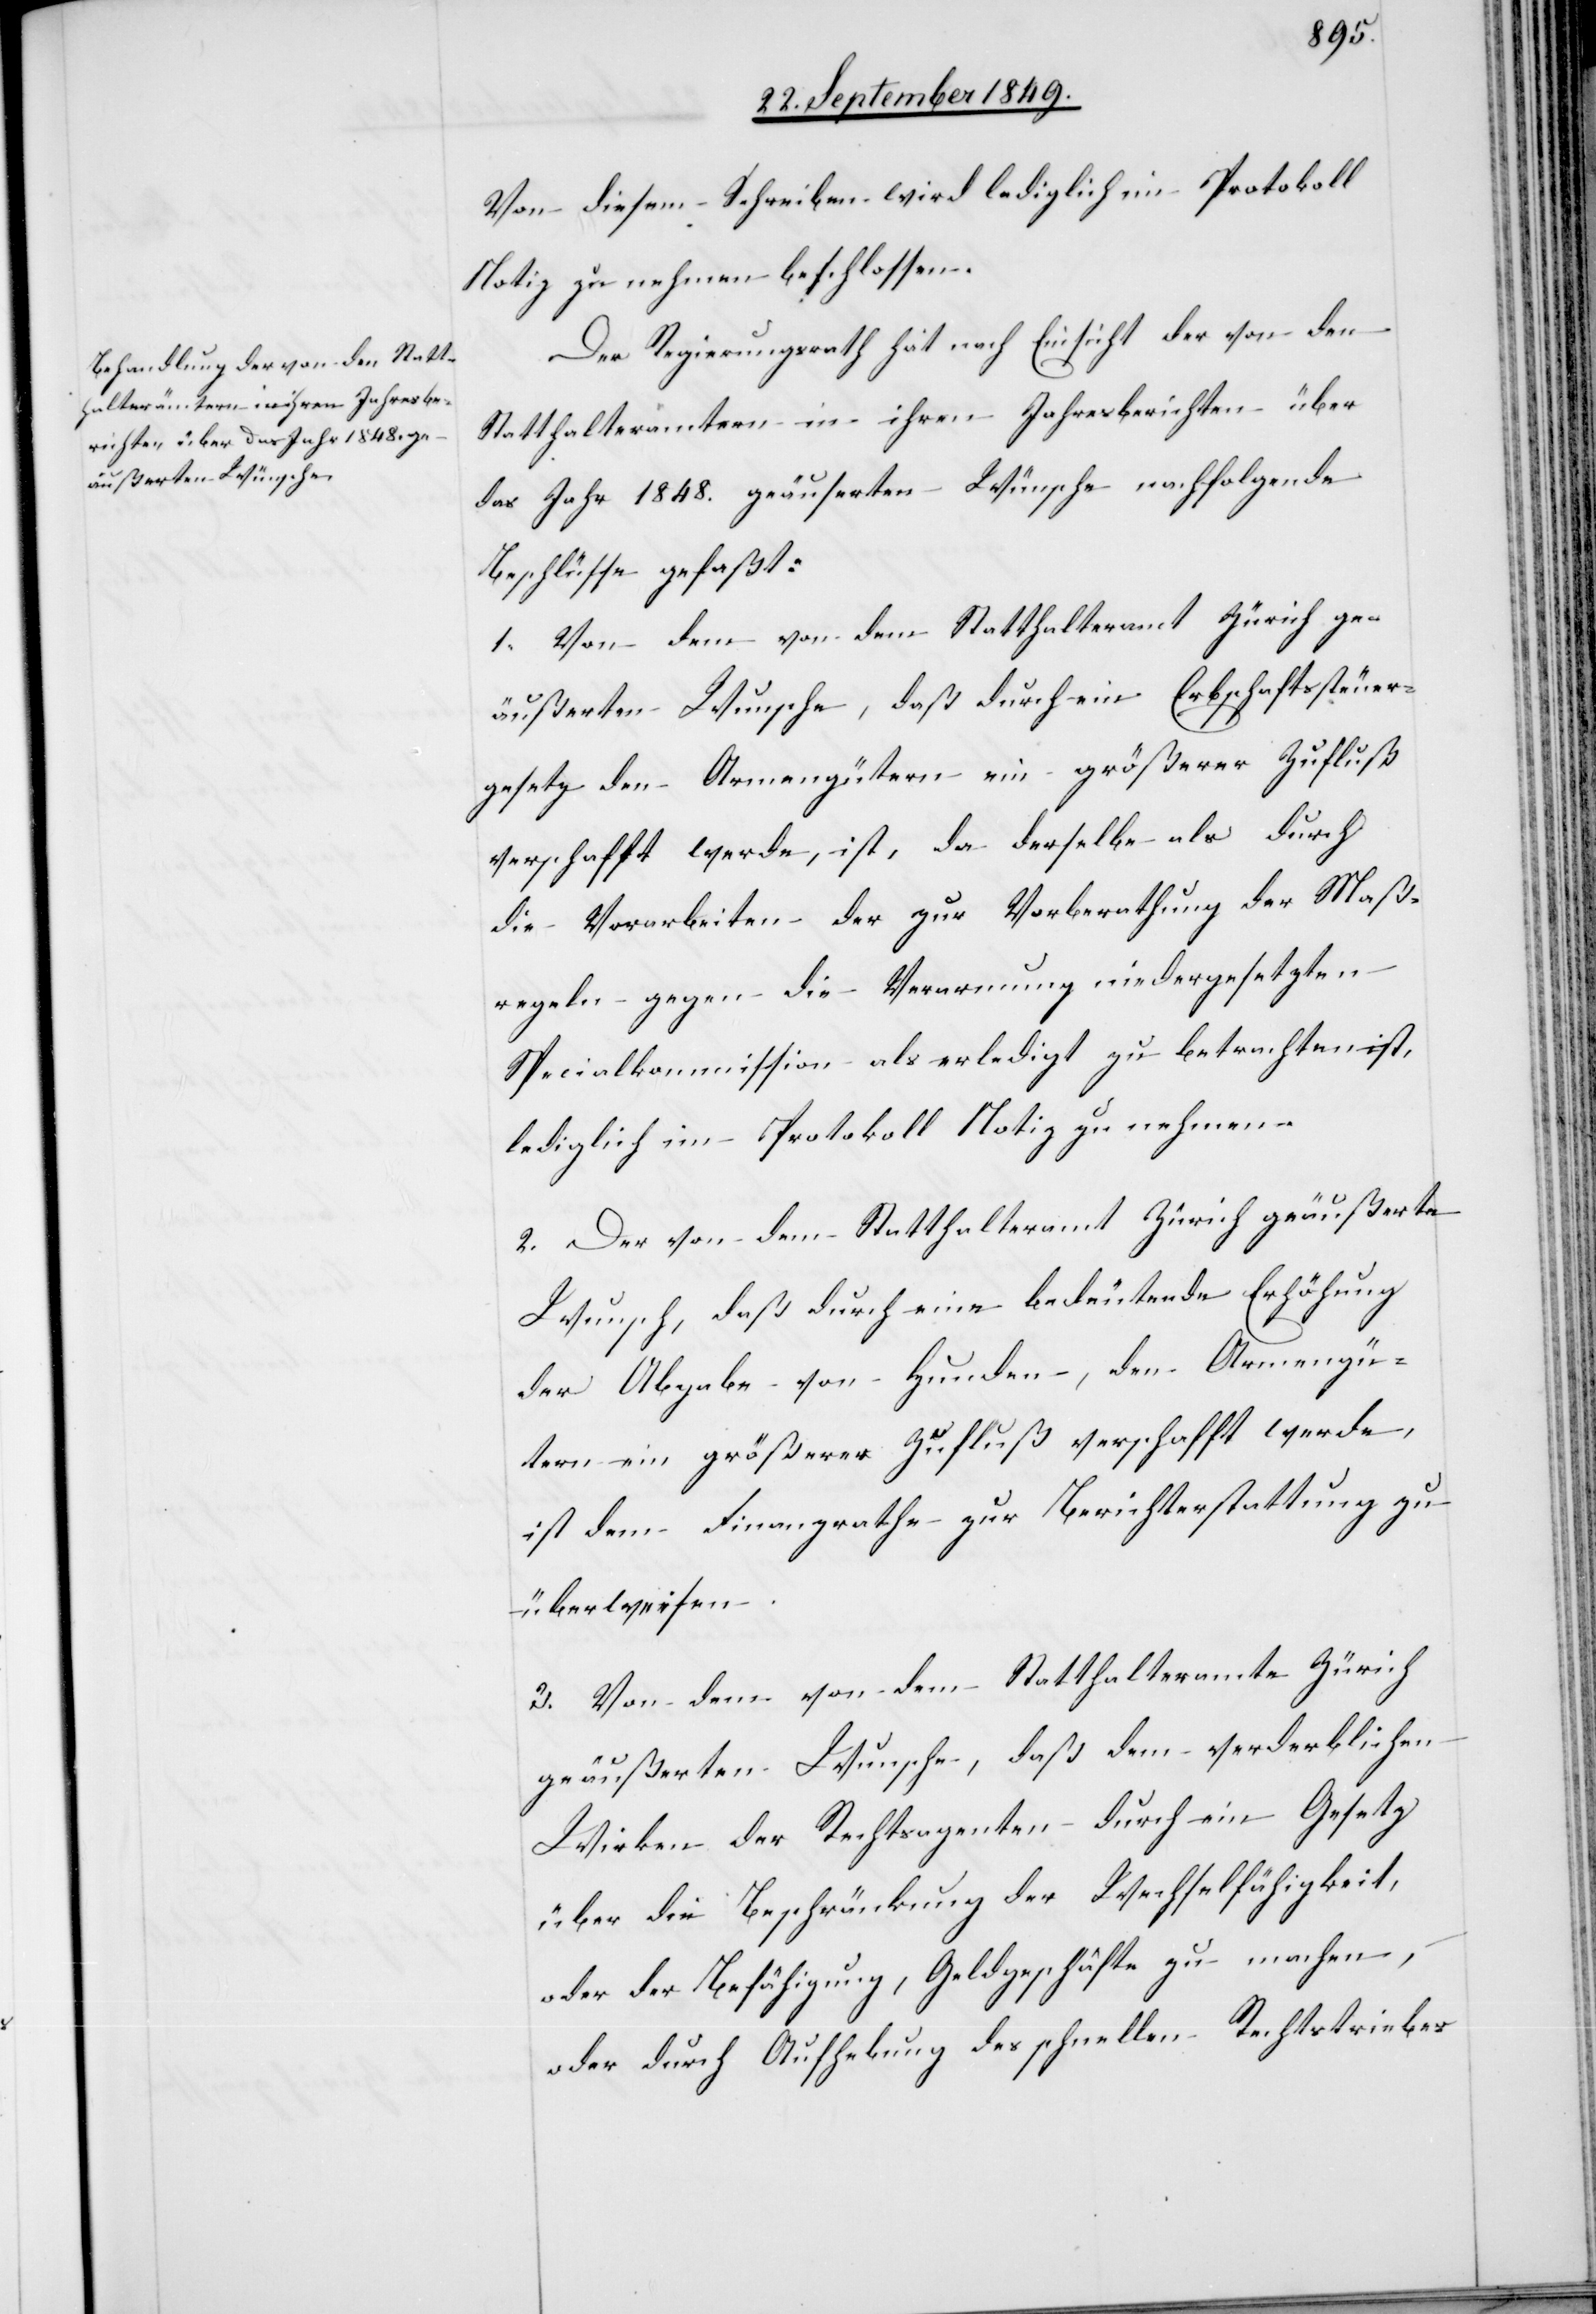
Von diesem Schreiben wird lediglich im Protokoll
Notiz zu nehmen beschlossen.
Der Regierungsrath hat nach Einsicht der von den
Statthalterämtern in ihren Jahresberichten über
das Jahr 1848. geäuserten [sic!] Wünschen nachfolgende
Beschlüsse gefaßt:
1. Von dem von dem Statthalteramt Zürich ge¬
äußerten Wunsche, daß durch ein Erbschaftssteuer¬
gesetz den Armengütern ein größerer Zufluß
verschafft werde, ist, da derselbe als durch
die Vorarbeiten der zur Vorberathung der Maß¬
regeln gegen die Verarmung niedergesetzten
Specialkommission als erledigt zu betrachten ist,
lediglich im Portokoll Notiz zu nehmen.
2. Der von dem Statthalteramt Zürich geäußerte
Wunsch, daß durch eine bedeutende Erhöhung
der Abgabe von Hunden, den Armengü¬
tern ein größerer Zufluß verschafft werde,
ist dem Finanzrathe zur Berichterstattung zu
überweisen.
3. Von dem von dem Statthalteramte Zürich
geäußerten Wunsche, daß dem verderblichen
Wirken der Rechtsagenten durch ein Gesetz
über die Beschränkung der Wechselfähigkeit,
oder der Befähigung, Geldgeschäfte zu machen,
oder durch Aufhebung des schnellen Rechtstriebes